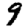
Digit: 9